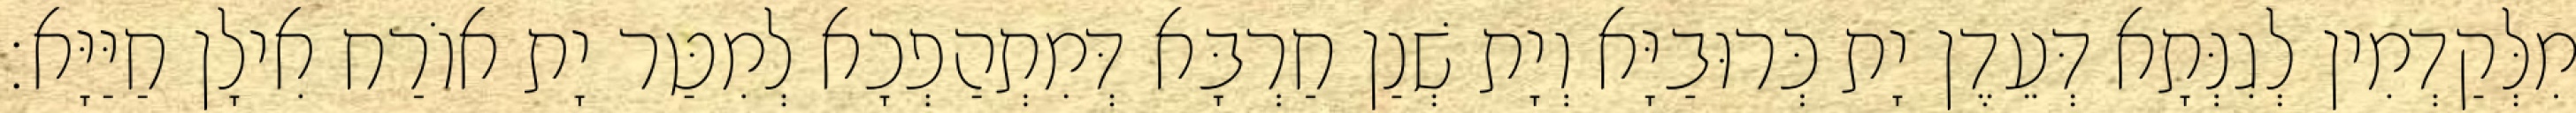
מִלְּקַדְמִין לְגִנְּתָא דְּעֵדֶן יָת כְּרוּבַיָּא וְיָת שְׁנַן חַרְבָּא דְּמִתְהַפְכָא לְמִטַּר יָת אוֹרַח אִילָן חַיַּיָּא׃